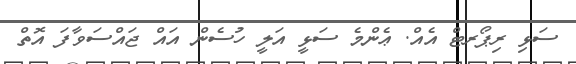
ސަޅި ރިޕޯރޓް އެއް. ޢެންމެ ސަޅީ އަލީ ހުސެން އައް ޖައްސަވާފަ އޮތް